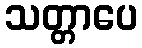
သတ္တာပေ